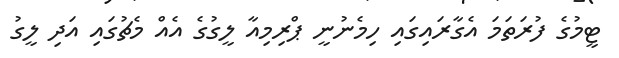
ޓީމުގެ ފުރަތަމަ އެގާރައިގައި ހިމެނުނީ ޕްރިމިއާ ލީގުގެ އެއް މެޗުގައި އަދި ލީގު